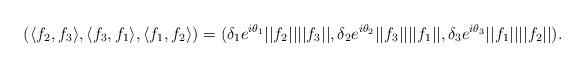
LaTeX: \begin{align*}\left(\langle f_2,f_3\rangle,\langle f_3,f_1\rangle,\langle f_1,f_2\rangle\right)=(\delta_1e^{i\theta_1}||f_2||||f_3||,\delta_2e^{i\theta_2}||f_3||||f_1||,\delta_3e^{i\theta_3}||f_1||||f_2||).\end{align*}